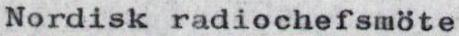
Nordisk radiochefsmöte